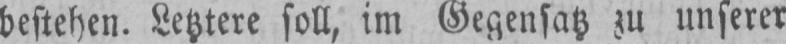
bestehen. Letztere soll, im Gegensatz zu unserer